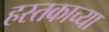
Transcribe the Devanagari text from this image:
हस्तकाच्या